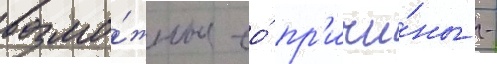
возмо́жные ео́ пр'ичи́ны -